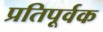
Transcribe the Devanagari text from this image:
प्रतिपूर्वक